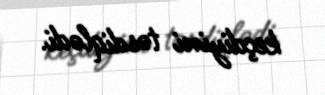
keçdiyini təsdiqlədi.